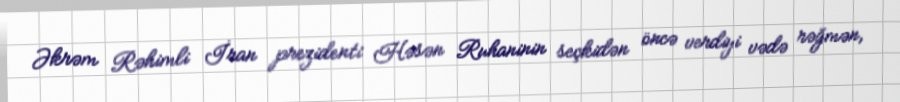
Əkrəm Rəhimli İran prezidenti Həsən Ruhaninin seçkidən öncə verdiyi vədə rəğmən,